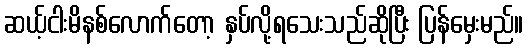
ဆယ့်ငါးမိနစ်လောက်တော့ နှပ်လို့ရသေးသည်ဆိုပြီး ပြန်မှေးမည်။